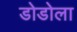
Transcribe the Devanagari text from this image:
डोडोला